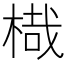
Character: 𣖋